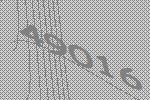
49016